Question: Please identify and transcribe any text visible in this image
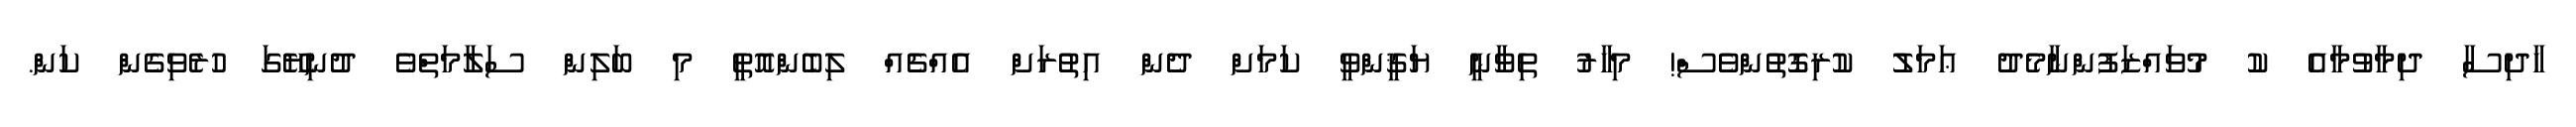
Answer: ހާދިސާ ދިމާވުމާއެ ކު މުވައްޒަފުންނާމެދު ޢަމަލު ކުރިގޮތުންވެސް! މިހާރު ތިވާނީ ޔަޤީންވީ ކަމަށް ދެން އިތުރަށް އެއްޗެއް ލިބެންއޮތީ މި ބަލިން ސަލާމަތްވެ ދުނިޔޭގަ ހުރެވިގެން ކަން.